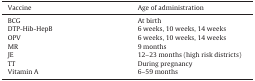
| Vaccine | Age of administration |
 | --- | --- |
 | BCG | At birth |
 | DTP-Hib-HepB | 6 weeks, 10 weeks, 14 weeks |
 | OPV | 6 weeks, 10 weeks, 14 weeks |
 | MR | 9 months |
 | JE | 12–23 months (high risk districts) |
 | TT | During pregnancy |
 | Vitamin A | 6–59 months |